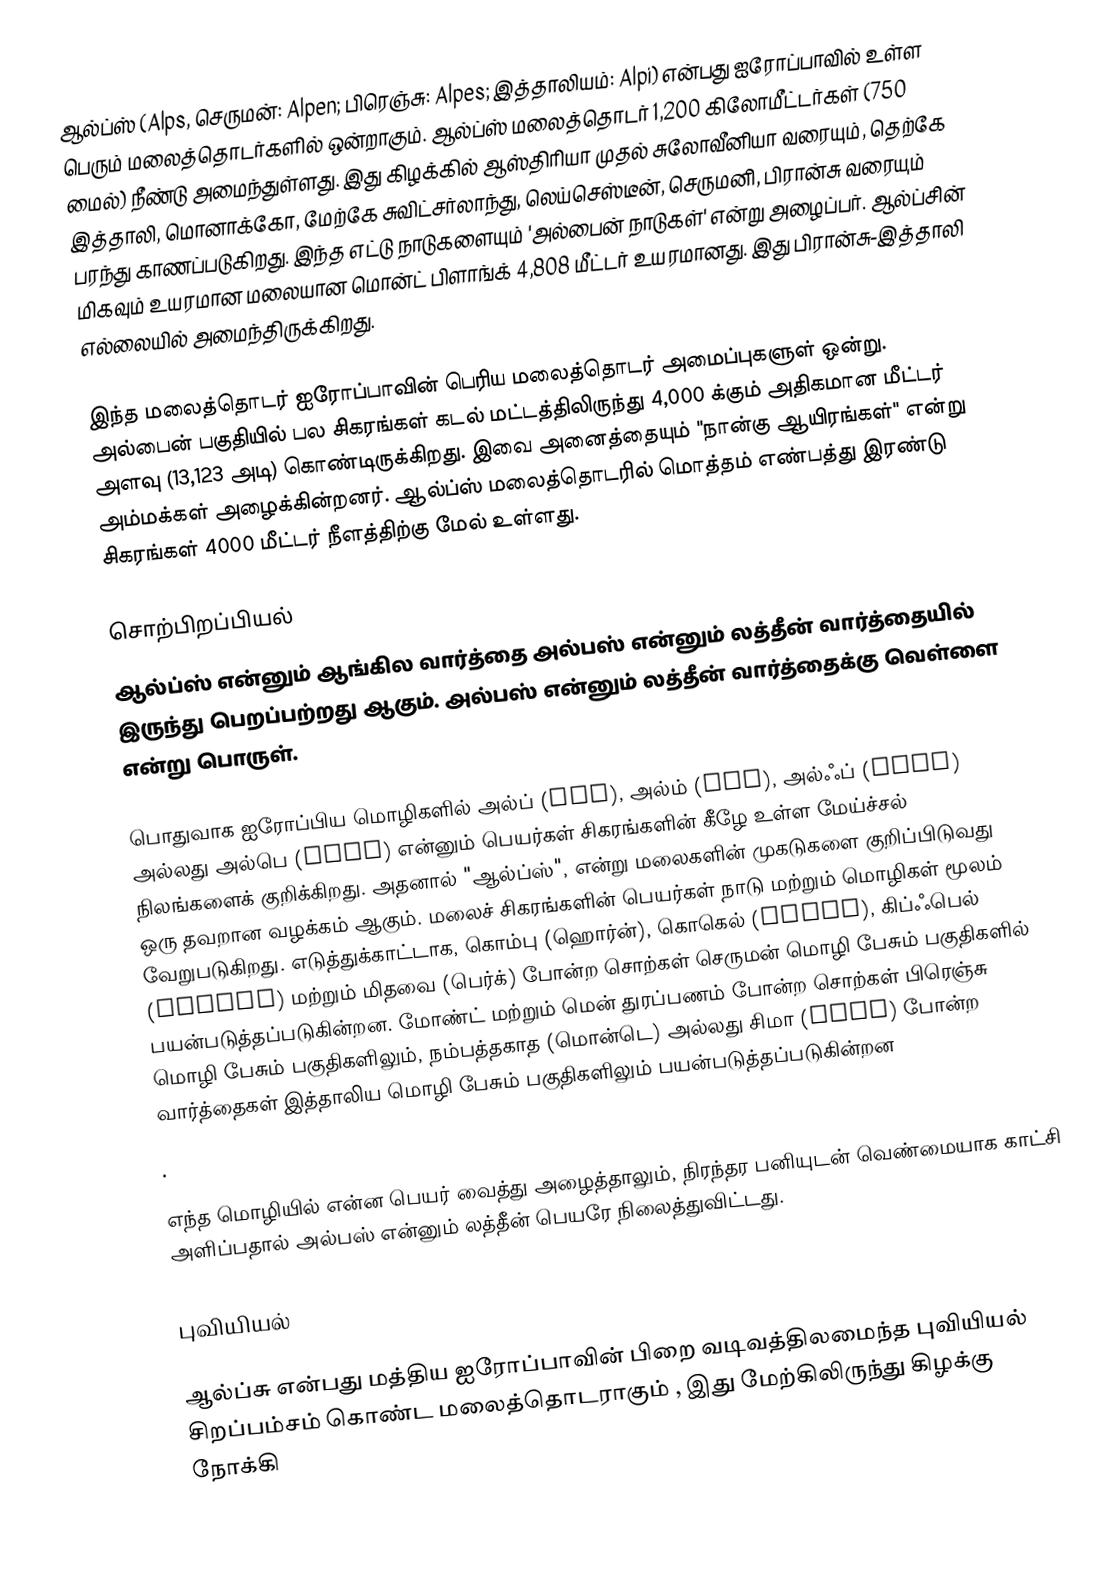
ஆல்ப்ஸ் (Alps, செருமன்: Alpen; பிரெஞ்சு: Alpes; இத்தாலியம்: Alpi) என்பது ஐரோப்பாவில் உள்ள பெரும் மலைத்தொடர்களில் ஒன்றாகும். ஆல்ப்ஸ் மலைத்தொடர் 1,200 கிலோமீட்டர்கள் (750 மைல்) நீண்டு அமைந்துள்ளது. இது கிழக்கில் ஆஸ்திரியா முதல் சுலோவீனியா வரையும், தெற்கே இத்தாலி, மொனாக்கோ, மேற்கே சுவிட்சர்லாந்து, லெய்செஸ்டீன், செருமனி, பிரான்சு வரையும் பரந்து காணப்படுகிறது. இந்த எட்டு நாடுகளையும் 'அல்பைன் நாடுகள்' என்று அழைப்பர். ஆல்ப்சின் மிகவும் உயரமான மலையான மொன்ட் பிளாங்க் 4,808 மீட்டர் உயரமானது. இது பிரான்சு-இத்தாலி எல்லையில் அமைந்திருக்கிறது.

இந்த மலைத்தொடர் ஐரோப்பாவின் பெரிய மலைத்தொடர் அமைப்புகளுள் ஒன்று. அல்பைன் பகுதியில் பல சிகரங்கள் கடல் மட்டத்திலிருந்து  4,000 க்கும் அதிகமான மீட்டர் அளவு (13,123 அடி) கொண்டிருக்கிறது. இவை அனைத்தையும் "நான்கு ஆயிரங்கள்" என்று அம்மக்கள் அழைக்கின்றனர். ஆல்ப்ஸ் மலைத்தொடரில் மொத்தம் எண்பத்து இரண்டு சிகரங்கள் 4000 மீட்டர் நீளத்திற்கு மேல் உள்ளது.

சொற்பிறப்பியல்
ஆல்ப்ஸ் என்னும் ஆங்கில வார்த்தை அல்பஸ் என்னும் லத்தீன் வார்த்தையில் இருந்து பெறப்பற்றது ஆகும். அல்பஸ் என்னும் லத்தீன் வார்த்தைக்கு வெள்ளை என்று பொருள்.

பொதுவாக ஐரோப்பிய மொழிகளில் அல்ப் (ALP), அல்ம் (alm), அல்ஃப் (albe) அல்லது அல்பெ (alpe) என்னும் பெயர்கள் சிகரங்களின் கீழே உள்ள மேய்ச்சல் நிலங்களைக் குறிக்கிறது. அதனால் "ஆல்ப்ஸ்", என்று மலைகளின் முகடுகளை குறிப்பிடுவது ஒரு தவறான வழக்கம் ஆகும். மலைச் சிகரங்களின் பெயர்கள் நாடு மற்றும் மொழிகள் மூலம் வேறுபடுகிறது. எடுத்துக்காட்டாக, கொம்பு (ஹொர்ன்), கொகெல் (kogel), கிப்ஃபெல் (gipfel)  மற்றும் மிதவை (பெர்க்) போன்ற சொற்கள் செருமன் மொழி பேசும் பகுதிகளில் பயன்படுத்தப்படுகின்றன. மோண்ட் மற்றும் மென் துரப்பணம் போன்ற சொற்கள் பிரெஞ்சு மொழி பேசும் பகுதிகளிலும், நம்பத்தகாத (மொன்டெ) அல்லது சிமா (CIMA)  போன்ற வார்த்தைகள்  இத்தாலிய மொழி பேசும் பகுதிகளிலும் பயன்படுத்தப்படுகின்றன
.

எந்த மொழியில் என்ன பெயர் வைத்து அழைத்தாலும், நிரந்தர பனியுடன் வெண்மையாக காட்சி அளிப்பதால்  அல்பஸ் என்னும் லத்தீன் பெயரே நிலைத்துவிட்டது.

புவியியல்

ஆல்ப்சு என்பது மத்திய ஐரோப்பாவின்  பிறை வடிவத்திலமைந்த புவியியல் சிறப்பம்சம் கொண்ட மலைத்தொடராகும் , இது மேற்கிலிருந்து கிழக்கு நோக்கி